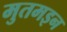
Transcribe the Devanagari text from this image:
मुतमइन